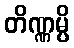
တိဏ္ဏမ္ပိ